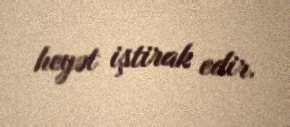
heyət iştirak edir.